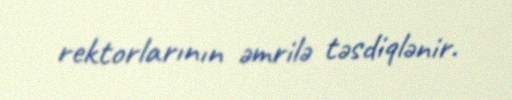
rektorlarının əmrilə təsdiqlənir.